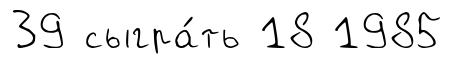
39 сыгра́ть 18 1985